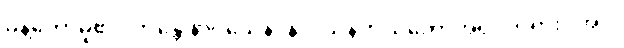
မိန့်တော်မူ၏။ ဘန္တေ နာဂသေန၊ နာဂသိန်ကိုယ်တော်အရှင်ဘုရား။ အပိ၊